Medical and sanitary report of the native army of Bengal for the year
Year: 1875
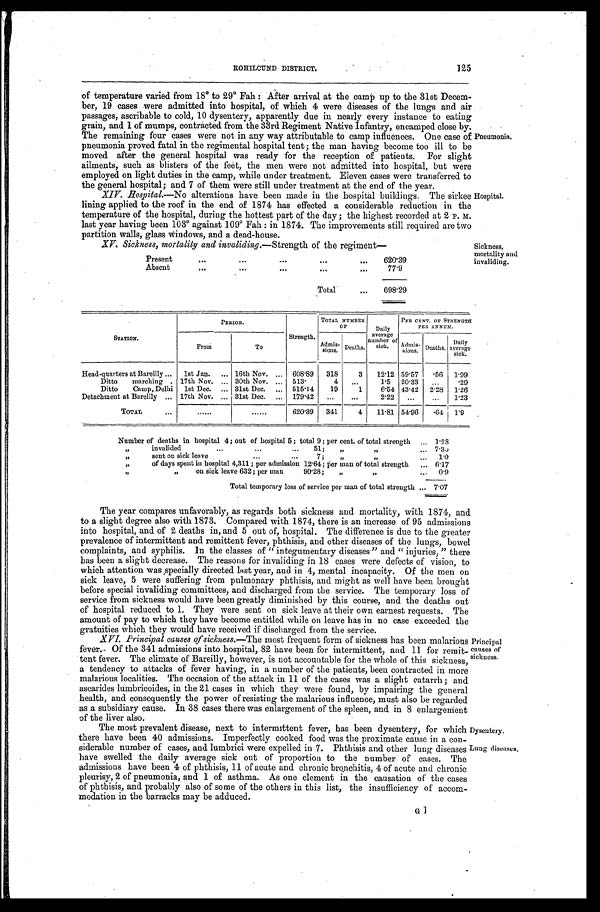
1 2 5
ROHILCUND DISTRICT.
of temperature varied from 18° to 29° Fah: After arrival at the camp up to the 31st Decem
-ber, 19 cases were admitted into hospital, of which 4 were diseases of the lungs and air
passages, ascribable to cold, 10 dysentery, apparently due in nearly every instance to eating
grain, and 1 of mumps, contracted from the 33rd Regiment Native Infantry, encamped close by.
The remaining four cases were not in any way attributable to camp influences. One case of
pneumonia proved fatal in the regimental hospital tent; the man having become too ill to be
moved after the general hospital was ready for the reception of patients. For slight
ailments, such as blisters of the feet, the men were not admitted into hospital, but were
employed on light duties in the camp, while under treatment. Eleven cases were transferred to
the general hospital; and 7 of them were still under treatment at the end of the year.
XIV. Hospital.—No alterations have been made in the hospital buildings. The sirkee
lining applied to the roof in the end of 1874 has effected a considerable reduction in the
temperature of the hospital, during the hottest part of the day; the highest recorded at 2 P.
M. last year having been 103° against 109° Fah: in 1874. The improvements still required are two
partition walls, glass Windows, and a dead-house.
Pneumonia.
Hospital.
XV. Sickness, mortality and invaliding.— Strength of the regiment—
Present . . .
620.39
Absent . . .
77.9
Total . . .
698.29
Sickness,
mortality and
invaliding.
STATION.
PERIOD.
Strength.
TOTAL NUMBER
OF
Daily
average
number of
sick.
PER CENT. OF STRENGTH
PER ANNUM.
From
To
Admis-
sions. Deaths.
Admis-sions. Deaths.
Daily
average
sick.
Head-quarters at Bareilly . . .
1st Jan. . . . 16th Nov. . . .
608.89
318
3
12.12 59.57
. 5 6
1.99
Ditto marching . . . 17th Nov. . . . 30th Nov. . . .
513.
4
. . . 1.5 20.33
. . .
.29
Ditto Camp, Delhi
1st Dec. . . . 31st Dec. . . .
515.14
19
1
6.54 43.42
2.28
1.26
Detachment at Bareilly . . . 17th Nov. . . . 31st Dec. . . .
179.42
. . .
. . .
2.22
. . .
. . .
1.23
TOTAL . . .
. . .
. . .
620.39
341
4
11.81 54.96
.64 1.9
Number of deaths in hospital 4; out of hospital 5; total 9; per cent. of total strength . . . 1.28
" i n v a l i d e d . . . 5 1 ; " " . . . 7.30
" sent on sick leave . . . 7; " " . . .
1.0
" of days spent in hospital 4, 311; per admission 12.64; Per man of total strength . . . 6.17
" " on sick leave 632; per man 90.28; " " . . . 0.9
Total temporary loss of service per man of total strength . . . 7.07
The year compares unfavorably, as regards both sickness and mortality, with 1874, and
to a slight degree also with 1873. Compared with 1874, there is an increase of 95 admission
s i n t o h o s p i t a l , a n d o f 2 d e a t h s i n , a n d 5 o u t o f , h o s p i t a l . T h e d i f f e r e n c e i s d u e t o t h e g r e a t e r
prevalence of intermittent and remittent fever, phthisis, and other diseases of the lungs, bowel
complaints, and syphilis. In the classes of "integumentary diseases" and "injuries," there
has been a slight decrease. The reasons for invaliding in 18 cases were defects of vision, to
which attention was specially directed last year, and in 4, mental incapacity. Of the men on
sick leave, 5 were suffering from pulmonary phthisis, and might as well have been brought
before special invaliding committees, and discharged from the service. The temporary loss of
service from sickness would have been greatly diminished by this course, and the deaths out
of hospital reduced to 1. They were sent on sick leave at their own earnest requests. The
amount of pay to which they have become entitled while on leave has in no case exceeded the
gratuities which they would have received if discharged from the service.
XVI.
Principal causes of sickness.— The most frequent form of sickness has been malarious
fever. Of the 341 admissions into hospital, 82 have been for intermittent, and 11 for remit
-tent fever. The climate of Bareilly, however, is not accountable for the whole of this sickness,
a tendency to attacks of fever having, in a number of the patients, been contracted in more
malarious localities. The occasion of the attack in 11 of the cases was a slight catarrh; and
ascarides lumbricoides, in the 21 cases in which they were found, by impairing the general
health, and consequently the power of resisting the malarious influence, must also be regarded
as a subsidiary cause. In 38 cases there was enlargement of the spleen, and in 8 enlargement
of the liver also.
The most prevalent disease, next to intermittent fever, has been dysentery, for which
there have been 40 admissions. Imperfectly cooked food was the proximate cause in a con
-siderable number of cases, and lumbrici were expelled in 7. Phthisis and other lung diseases
have swelled the daily average sick out of proportion to the number of cases. The
admissions have been 4 of phthisis, 11 of acute and chronic bronchitis, 4 of acute and chronic
pleurisy, 2 of pneumonia, and 1 of asthma. As one element in the causation of the cases
of phthisis, and probably also of some of the others in this list, the insufficiency of accom
-modation in the barracks may be adduced.
Principal
causes of
sickness.
Dysentery.
Lung diseases.
G ]